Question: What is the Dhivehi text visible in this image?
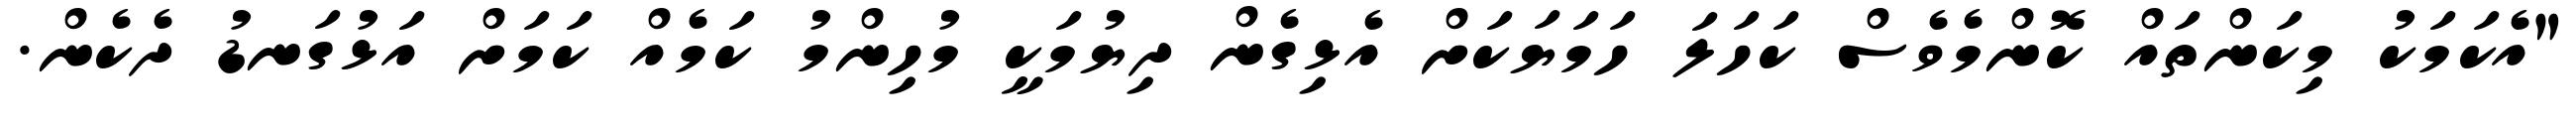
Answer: "އެކަމަކު މިކަންތައް ކޮންމެވެސް ކަހަލަ ހަމަޔަކަށް އެޅިގެން ދިޔުމަކީ މުހިންމު ކަމެއް ކަމަށް އަޅުގަނޑު ދެކެން.